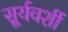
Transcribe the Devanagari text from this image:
सूर्यवशीं